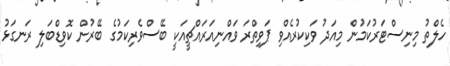
ހެލްތު މިނިސްޓަރުކަމުން މިއަދު ވަކިކުރެއްވި ޕަވިތްރަ ވައްނިއަރައްޗީއަކީ ބޭސްވެރިކަމުގެ ބޭރުން ކޮވިޑްބަލި ރަނގަޅު